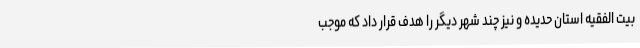
بیت الفقیه استان حدیده و نیز چند شهر دیگر را هدف قرار داد که موجب